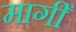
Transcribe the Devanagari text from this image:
मागीँ